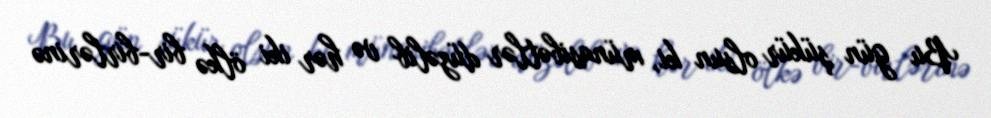
Bu gün şükür olsun ki, münasibətlər düzəlib və hər iki ölkə bir-birlərinə